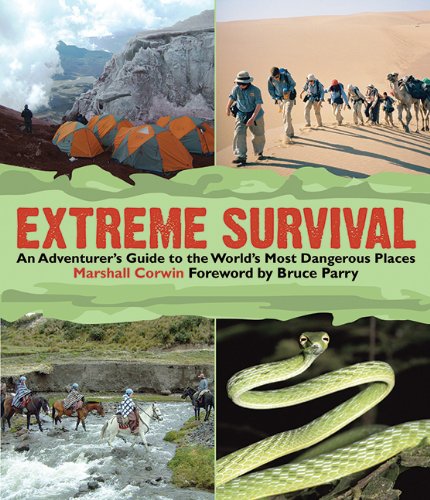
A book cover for Extreme Survival: An Adventurer's Guide to the World's Most Dangerous Places; Marshall Corwin; Sports & Outdoors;